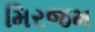
મિરજમ